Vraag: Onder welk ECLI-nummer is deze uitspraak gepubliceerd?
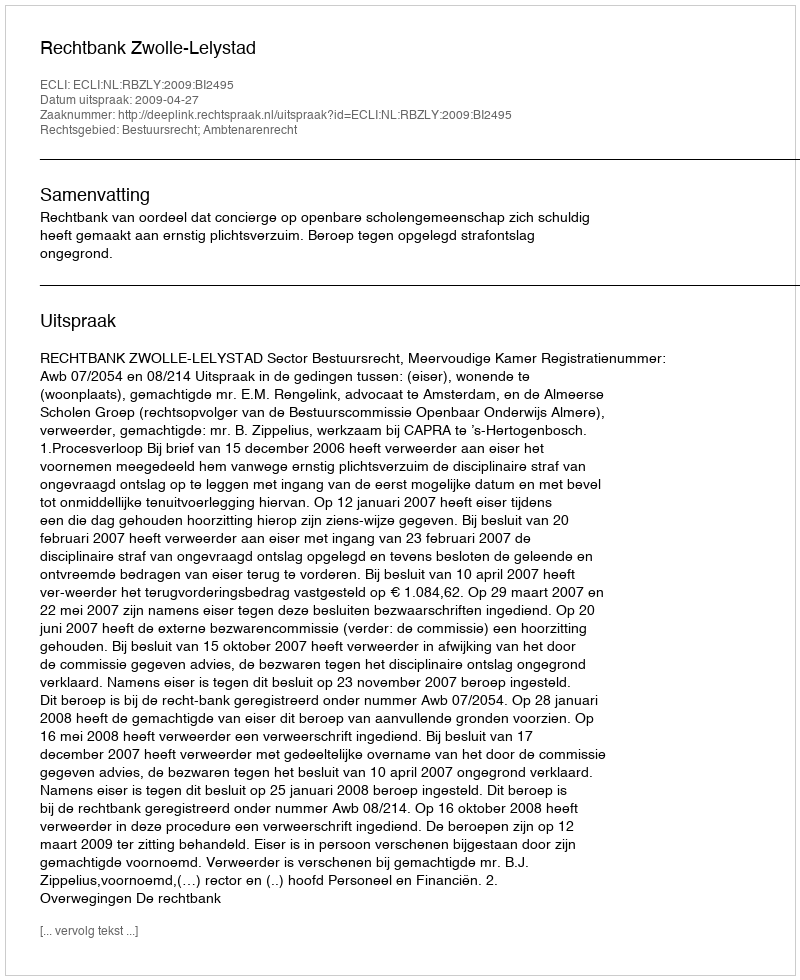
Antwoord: ECLI:NL:RBZLY:2009:BI2495